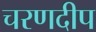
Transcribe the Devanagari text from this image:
चरणदीप